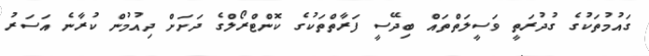
ގައުމުތަކުގެ ގުދުރަތީ ވަސީލަތްތައް ބިދޭސީ ފަރާތްތަކުގެ ކޮންޓްރޯލްގެ ދަށަށް ދިއުމުން ކުރާނެ އަސަރު